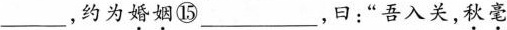
___，约为\underset{·}{婚}\underset{·}{姻}⑮___，曰：”吾入关，\underset{·}{秋}\underset{·}{毫}